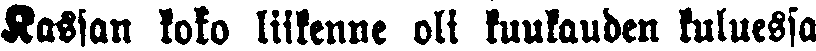
Kassan koko liikenne oli kuukauden kuluessa